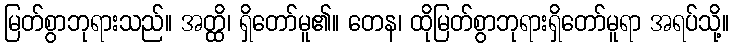
မြတ်စွာဘုရားသည်။ အတ္ထိ၊ ရှိတော်မူ၏။ တေန၊ ထိုမြတ်စွာဘုရားရှိတော်မူရာ အရပ်သို့။